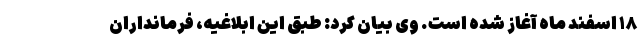
۱۸ اسفند ماه آغاز شده است. وی بیان کرد: طبق این ابلاغیه، فرمانداران